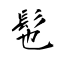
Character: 髢